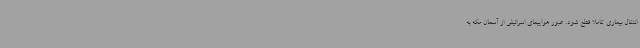
انتقال بیماری کاملا قطع شود. عبور هواپیمای اسرائیلی از آسمان مکه به